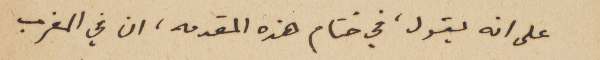
على انه يقول، في ختام هذه المقدمه، ان في المغرب